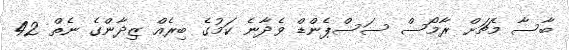
ބާސާ މެޗަށް ރާމޯސް ސަސްޕެންޑް ވެދާނެ ކަމުގެ ބިރެއް ޒިދާންގެ ނެތް 42